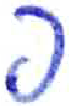
אות: פ